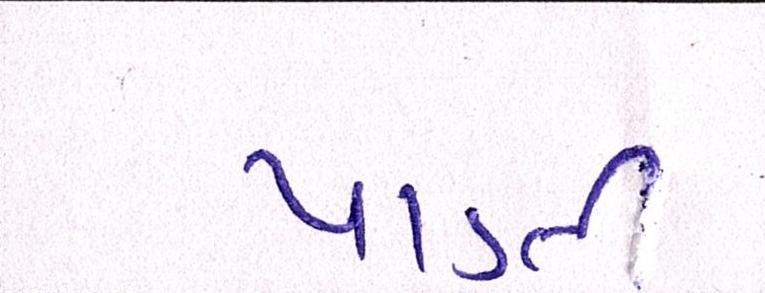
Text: પાડતી